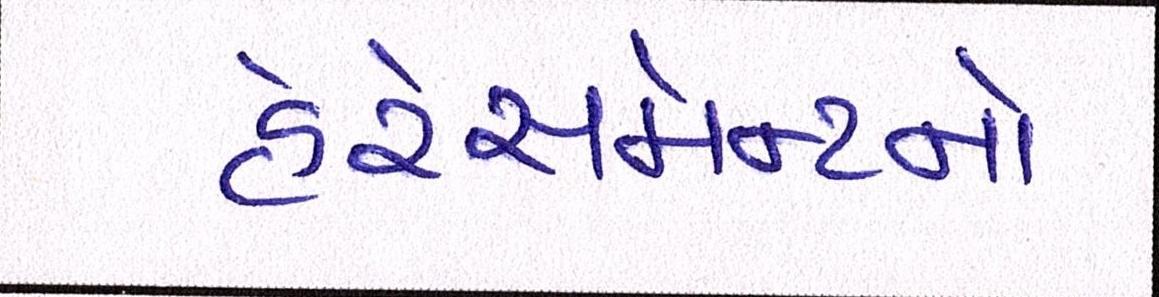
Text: હેરેસમેન્ટનો